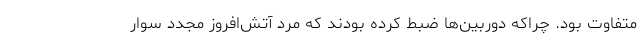
متفاوت بود. چراکه دوربین‌ها ضبط کرده بودند که مرد آتش‌افروز مجدد سوار